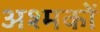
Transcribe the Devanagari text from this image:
अश्मकों